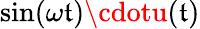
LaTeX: \sin(\omega\mathfrak{t})\cdotu(\mathfrak{t})